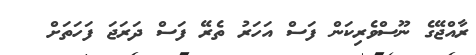
ރާއްޖޭގެ ނޫސްވެރިކަން ފަސް އަހަރު ތެރޭ ފަސް ދަރަޖަ ފަހަތަށް